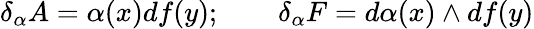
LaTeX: \delta_{\alpha}A=\alpha(x)df(y);\qquad\delta_{\alpha}F=d\alpha(x)\wedge df(y)